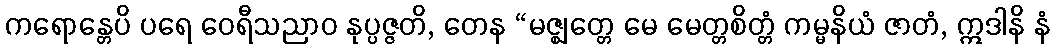
ကရောန္တေပိ ပရေ ဝေရီသညာဝ နုပ္ပဇ္ဇတိ, တေန “မဇ္ဈတ္တေ မေ မေတ္တစိတ္တံ ကမ္မနိယံ ဇာတံ, ဣဒါနိ နံ